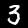
Label: 3